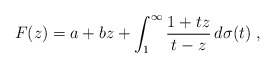
\begin{align*}F(z) = a + b z + \int_1^\infty \frac{1+tz}{t-z}\,d\sigma(t) \ ,\end{align*}